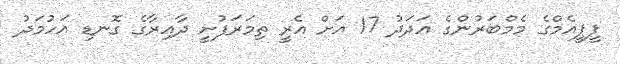
ޕީޕީއެމްގެ މެމްބަރުންގެ އަދަދު 17 އަށް އެރީ ތިމަރަފުށީ ދާއިރާގެ ގޮނޑި އަހުމަދު